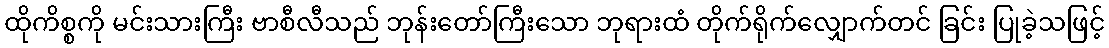
ထိုကိစ္စကို မင်းသားကြီး ဗာစီလီသည် ဘုန်းတော်ကြီးသော ဘုရားထံ တိုက်ရိုက်လျှောက်တင် ခြင်း ပြုခဲ့သဖြင့်